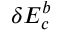
\delta E _ { c } ^ { b }